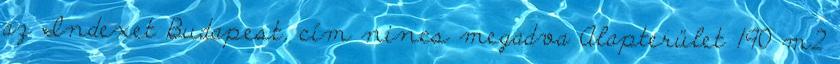
az Indexet Budapest, cím nincs megadva Alapterület 190 m2